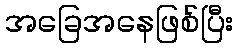
အခြေအနေဖြစ်ပြီး